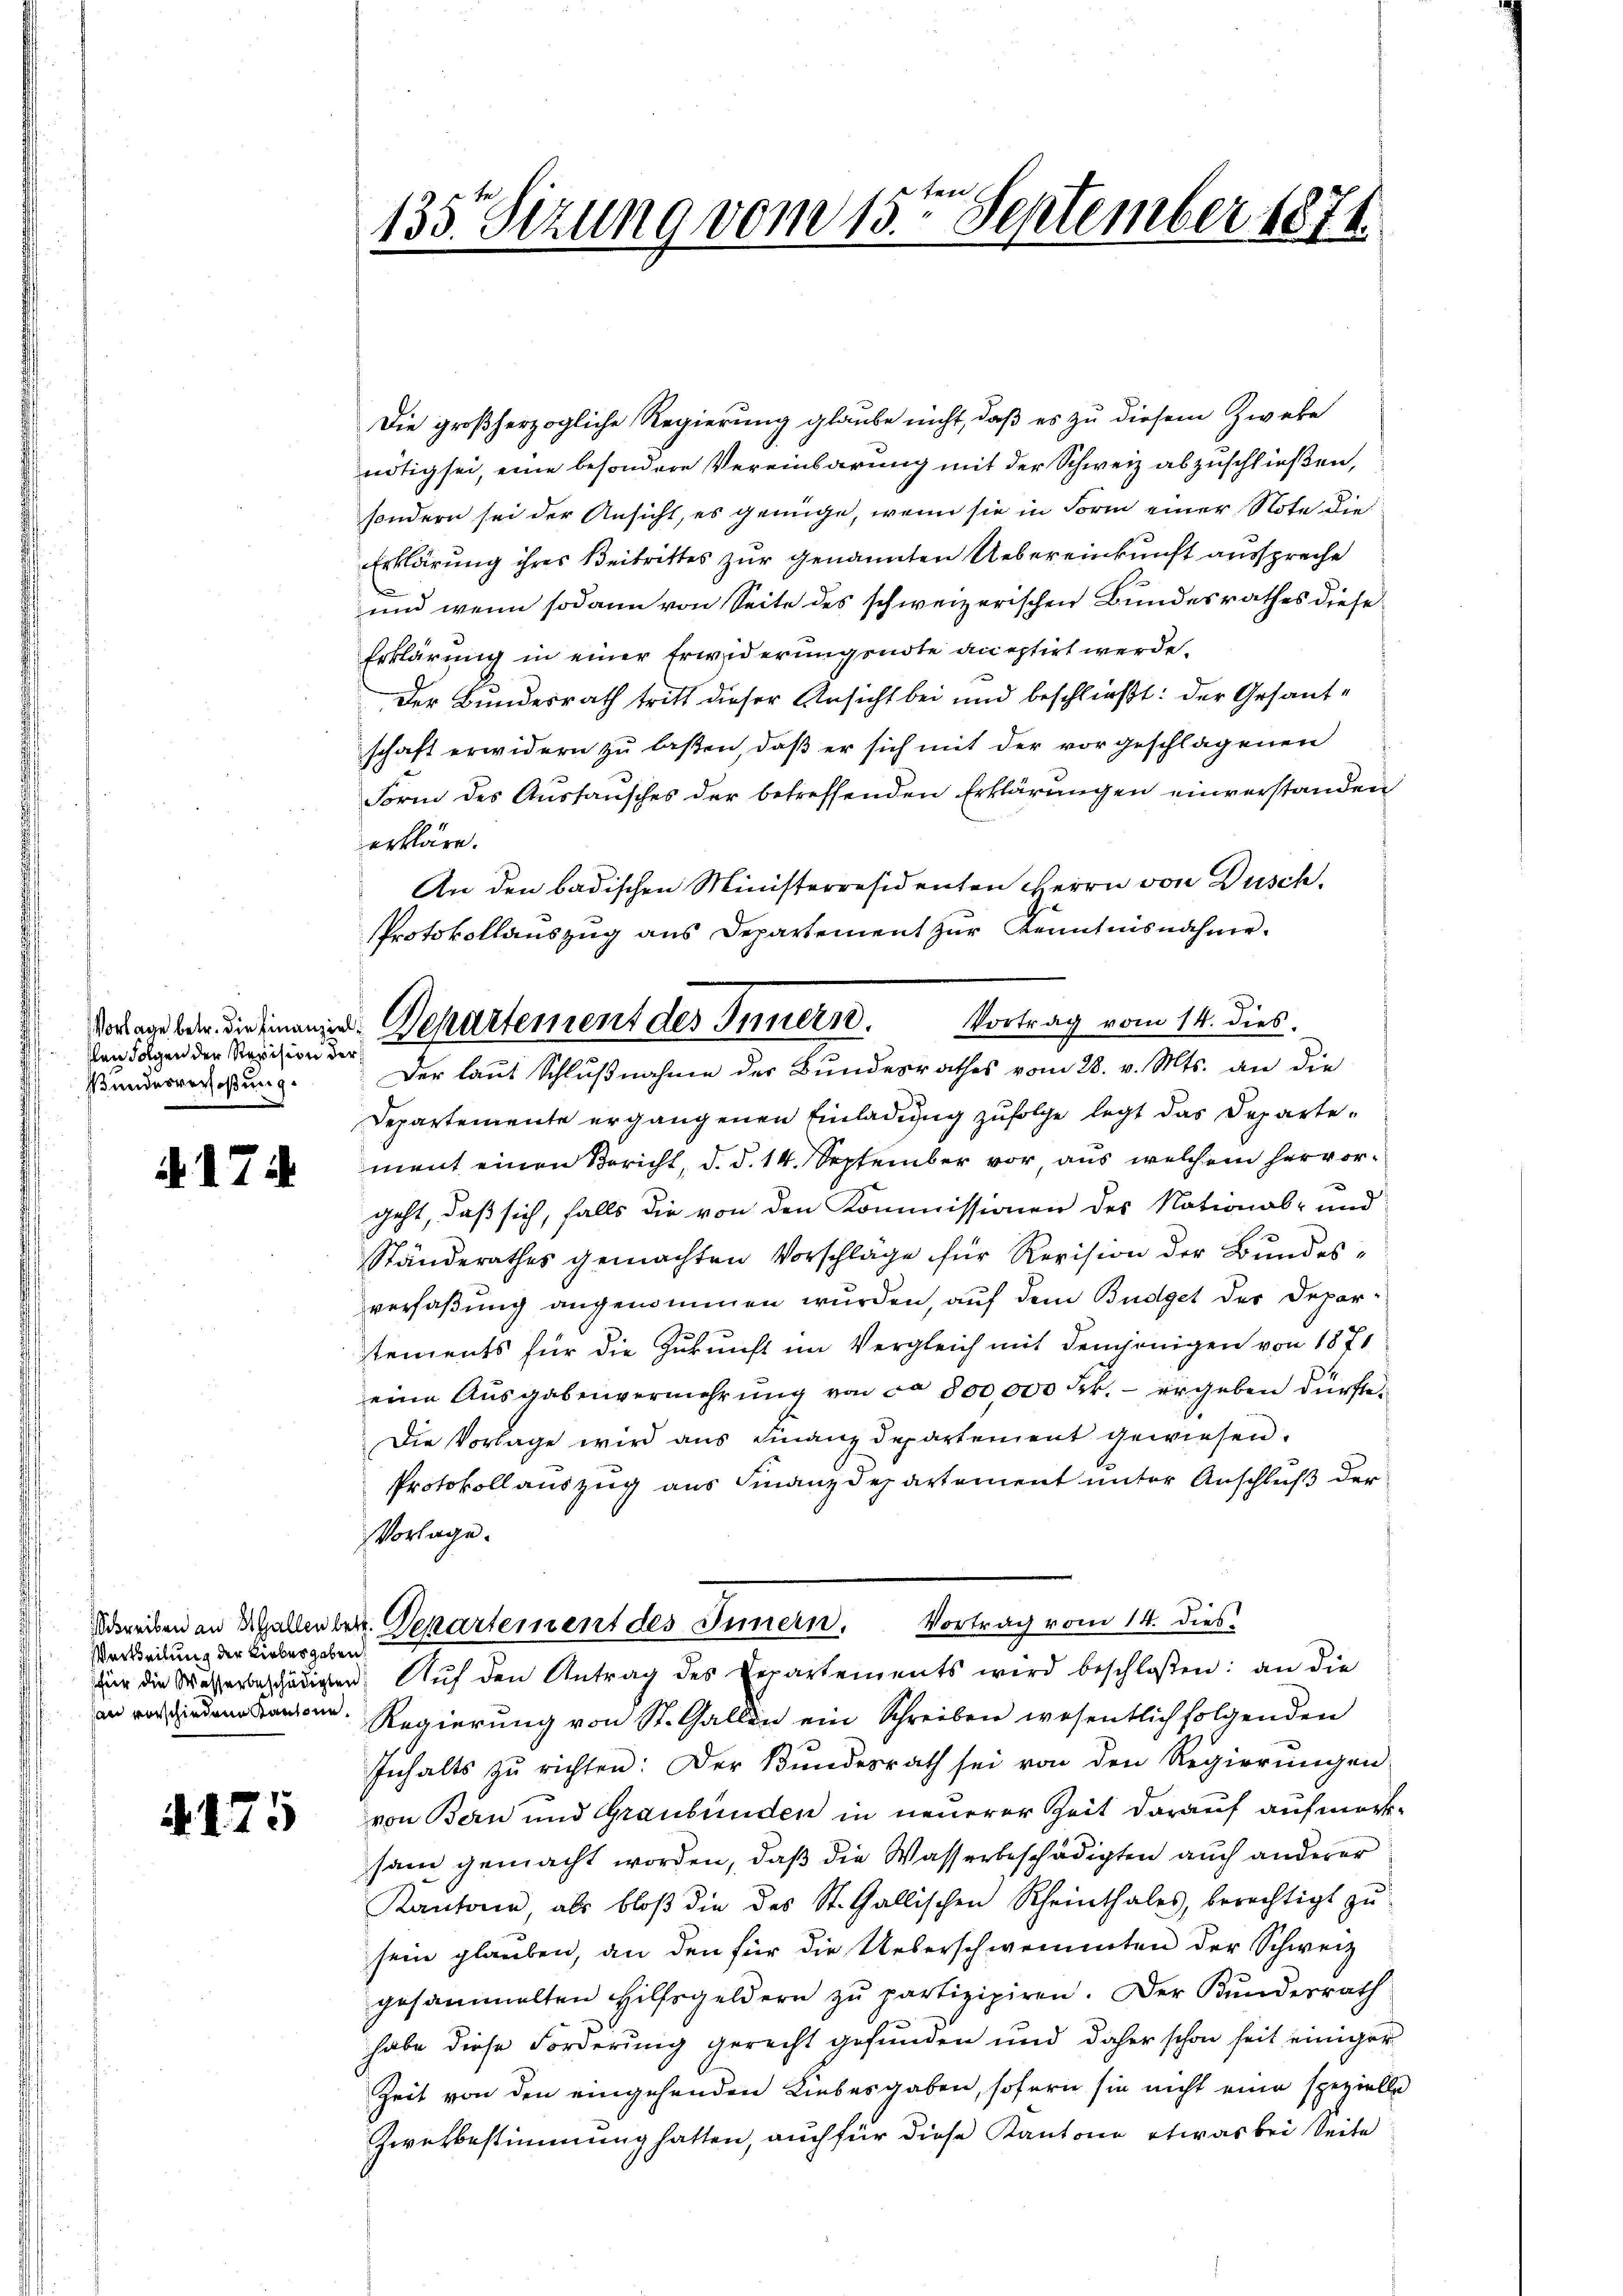
den Folgen der Revision der
Bundesverfaßung.

. d. 7.

Verteilung der Liebesgaben

4175

135. Sizung vom 15ten September 1871.

Vortrag vom 14. dies
Vorlage betr. die einanze. Departement des Innern.

Die großherzogliche Regierung glaube nicht, daß es zu diesem Zweke
nötig sei, eine besondere Vereinbarung mit der Schweiz abzuschließen,
sondern sei der Ansicht, es genüge, wenn sie in Form einer Note die
Erklärung ihres Beitrittes zur genannten Uebereinkunft ausspreche
n
und wenn sodann von Seite des schweizerischen Bundesrathes diese
Erklärung in einer Erwiderungsnote aneptirt werde.
Der Bundesrath tritt dieser Ansicht bei und beschließt: der Gesandschaft erwidern zu laßen, daß er sich mit der vorgeschlagenen
Form des Austausches der betreffenden Erklärungen einverstanden
erkläre.
An den badischen Ministerresidenten Herrn von Dusch.
Protokollauszug aus Departement zur Kenntnisnahme.
Der laut Schlußnahme der Bundesrathes vom 28. v. Mts. an die
Departemente ergangenen Einladung zufolge legt das Departement einen Bericht, d. d. 14. September vor aus welchem hervorgeht, daß sich, falls die von den Kommissionen des National- und
Ständerathes gemachten Vorschläge für Revision der Bŭndesverfaßung angenommen wurden, auf dem Budget der Deparstements für die Zukunft im Vergleich mit demjenigen von 1871
eine Ausgabenvermehrung von ca 800,000 Frk. – ergeben dürfte.
Die Vorlage wird aus Finanzdepartement gewiesen.
Protokollauszug aus Finanzdepartement unter Anschluß der
Vorlage.
Dreiben an Mallenten. Departement des Innern. Vortrag vom 14. dies
für die Wasserbeschädigten. Auf den Antrag des Departements wird beschloßen: an die
 Regierŭng von St. Gallen ein Schreiben wesentlich folgenden
Inhalts zŭ richten: Der Bundesrath sei von den Regierŭngen:
von Bern und Graubünden in neuerer Zeit darauf aufmerksam gemacht worden, daß die Wasserbeschädigten auch anderer
Kantone, als bloβ die des St. Gallischen Rheinthales, berechtigt zŭ
sein glauben, an den für die Ueberschwemmten der Schweiz
gesammelten Hilfsgeldern zŭ partizipiren. Der Kundesrath
habe diese Forderung gerecht gefunden und daher schon seit einiger
Zeit von den eingehenden Liebesgaben, sofern sie nicht eine spezielle
Zwekbestimmung hatten, auch für diese Kantone etwas bei Seite